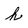
Character: h